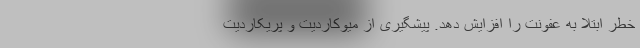
خطر ابتلا به عفونت را افزایش دهد. پیشگیری از میوکاردیت و پریکاردیت